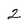
Character: 2